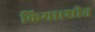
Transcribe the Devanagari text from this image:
किया।शीत